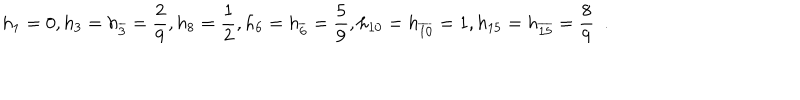
LaTeX: h _ { 1 } = 0 , h _ { 3 } = h _ { \overline { { { 3 } } } } = \frac { 2 } { 9 } , h _ { 8 } = \frac { 1 } { 2 } , h _ { 6 } = h _ { \overline { { { 6 } } } } = \frac { 5 } { 9 } , h _ { 1 0 } = h _ { \overline { { { 1 0 } } } } = 1 , h _ { 1 5 } = h _ { \overline { { { 1 5 } } } } = \frac { 8 } { 9 } \ \ .